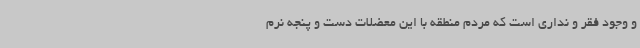
و وجود فقر و نداری است که مردم منطقه با این معضلات دست و پنجه نرم